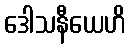
ဒေါသနီယေဟိ